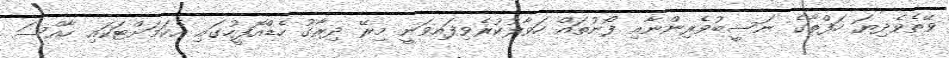
ވޭތެވެދިޔަ ހަފްތާގެ ނަސީބުވެރިންނާއި ފޯނުތައް ހަވާލުކުރެވިފައިވަނީ މިރޭ ދިރާގު ހެޑްއޮފީހުގައި އެކަމަށްޓަކައި ހާއްސަ